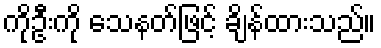
ကိုဦးကို သေနတ်ဖြင့် ချိန်ထားသည်။